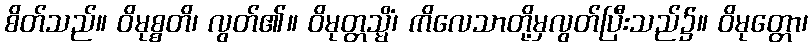
စိတ်သည်။ ဝိမုစ္စတိ၊ လွတ်၏။ ဝိမုတ္တသ္မိံ၊ ကိလေသာတို့မှလွတ်ပြီးသည်၌။ ဝိမုတ္တော၊